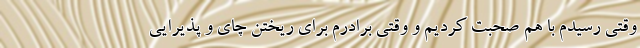
وقتی رسیدم با هم صحبت کردیم و وقتی برادرم برای ریختن چای و پذیرایی